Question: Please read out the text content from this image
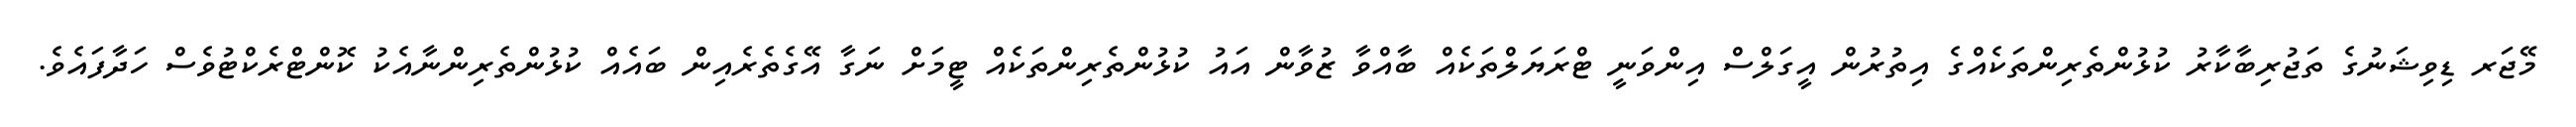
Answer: މޭޖަރ ޑިވިޝަނުގެ ތަޖުރިބާކާރު ކުޅުންތެރިންތަކެއްގެ އިތުރުން އީގަލްސް އިންވަނީ ޓްރަޔަލްތަކެއް ބާއްވާ ޒުވާން އައު ކުޅުންތެރިންތަކެއް ޓީމަށް ނަގާ އޭގެތެރެއިން ބައެއް ކުޅުންތެރިންނާއެކު ކޮންޓްރެކްޓުވެސް ހަދާފައެވެ.